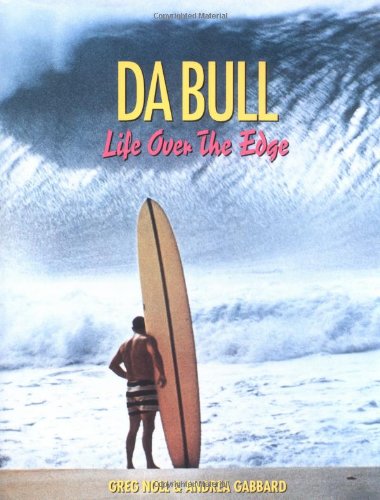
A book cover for Da Bull: Life Over the Edge; Greg Noll; Biographies & Memoirs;